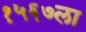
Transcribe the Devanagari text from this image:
१५६७ला